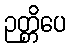
ဉတ္တိပေ